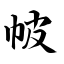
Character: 帔